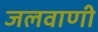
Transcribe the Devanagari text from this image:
जलवाणी